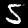
Label: 5